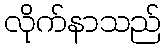
လိုက်နာသည်